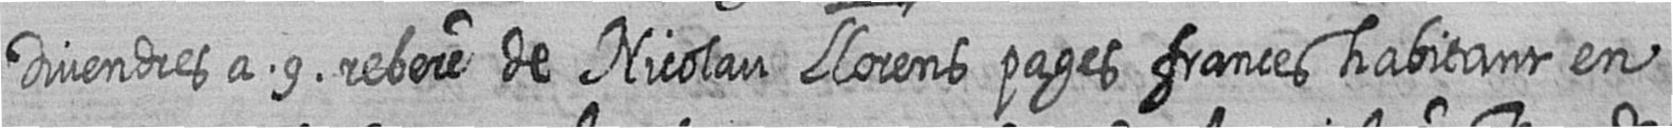
Divendres a 9 rebere de Nicolau Llorens pages frances habitant en